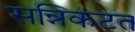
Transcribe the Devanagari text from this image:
सन्निकटत